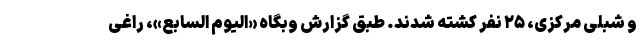
و شبلی مرکزی، ۲۵ نفر کشته شدند. طبق گزارش وبگاه «الیوم السابع»، راغی